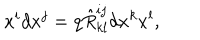
x ^ { i } d x ^ { j } = q \hat { R } _ { k l } ^ { i j } d x ^ { k } x ^ { l } ,